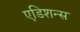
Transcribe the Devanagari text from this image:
एडिशन्स